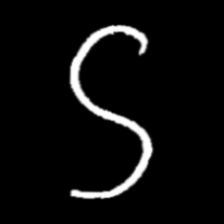
Pyu character \u2014 Myanmar letter: ဌ (romanized: ttha)